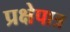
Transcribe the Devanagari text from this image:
प्रक्षेपात्र